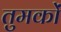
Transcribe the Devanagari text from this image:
तुमकों